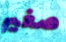
صغير